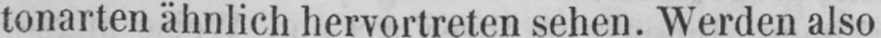
tonarten ähnlich hervortreten sehen. Werden also